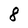
Character: 8